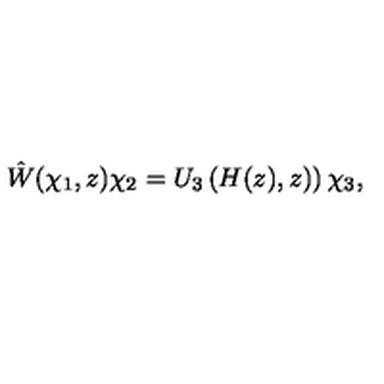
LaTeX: \hat { W } ( \chi _ { 1 } , z ) \chi _ { 2 } = U _ { 3 } \left( H ( z ) , z ) \right) \chi _ { 3 } ,